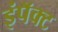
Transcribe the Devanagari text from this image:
इंपॅक्ट